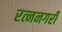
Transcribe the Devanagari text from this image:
रत्ननगरी